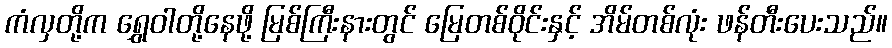
ကံလှတို့က ရွှေဝါတို့နေဖို့ မြစ်ကြီးနားတွင် မြေတစ်ဝိုင်းနှင့် အိမ်တစ်လုံး ဖန်တီးပေးသည်။